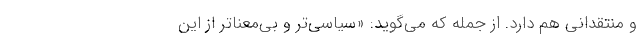
و منتقدانی هم دارد. از جمله که می‌گوید: «سیاسی‌تر و بی‌معناتر از این